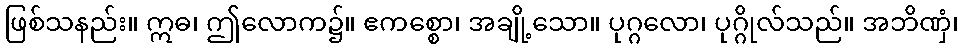
ဖြစ်သနည်း။ ဣဓ၊ ဤလောက၌။ ဧကစ္စော၊ အချို့သော။ ပုဂ္ဂလော၊ ပုဂ္ဂိုလ်သည်။ အဘိဏှံ၊